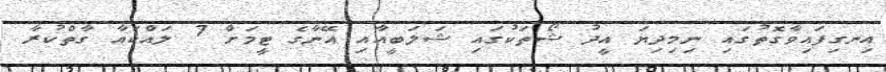
އިނގިފައިވާގޮތުގައި ނިމިދިޔަ އީދު ޝޯތަކުގައި ޝަލަބީއާއި އޭނާގެ ޓީމަށް 7 ލައްކައާ ގާތްކުރާ